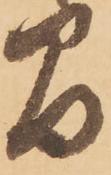
間